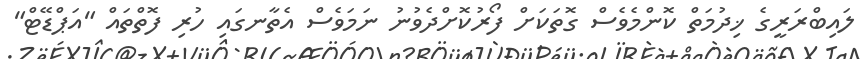
ލައިބްރަރީގެ ޚިދުމަތް ކޮންމެވެސް ގޮތަކަށް ފޯރުކޮށްދެވުނު ނަމަވެސް އެތާނގައި ހުރި ފޮތްތައް "އަޕްޑޭޓް"